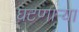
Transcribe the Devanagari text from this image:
घटणाऱ्या